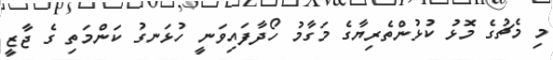
މި މެޗުގެ މޮޅު ކުޅުންތެރިޔާގެ މަގާމު ހޯދާފައިވަނީ ހުޅަނގު ކަންމަތި ގެ ޖާޒީ